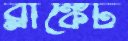
ব্লাঙ্কেট